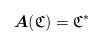
LaTeX: \begin{align*}\boldsymbol{A}(\mathfrak{C})=\mathfrak{C}^*\end{align*}